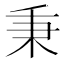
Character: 秉